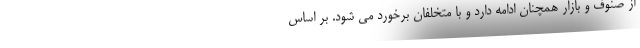
از صنوف و بازار همچنان ادامه دارد و با متخلفان برخورد می شود. بر اساس